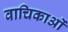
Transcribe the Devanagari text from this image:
वाचिकाओं